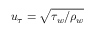
u _ { \tau } = \sqrt { \tau _ { w } / \rho _ { w } }